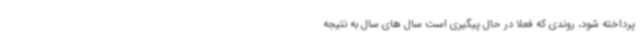
پرداخته شود، روندی که فعلا در حال پیگیری است سال های سال به نتیجه